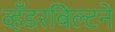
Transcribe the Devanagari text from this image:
व्हँडरबिल्टने